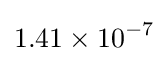
1.41\times 10^{-7}